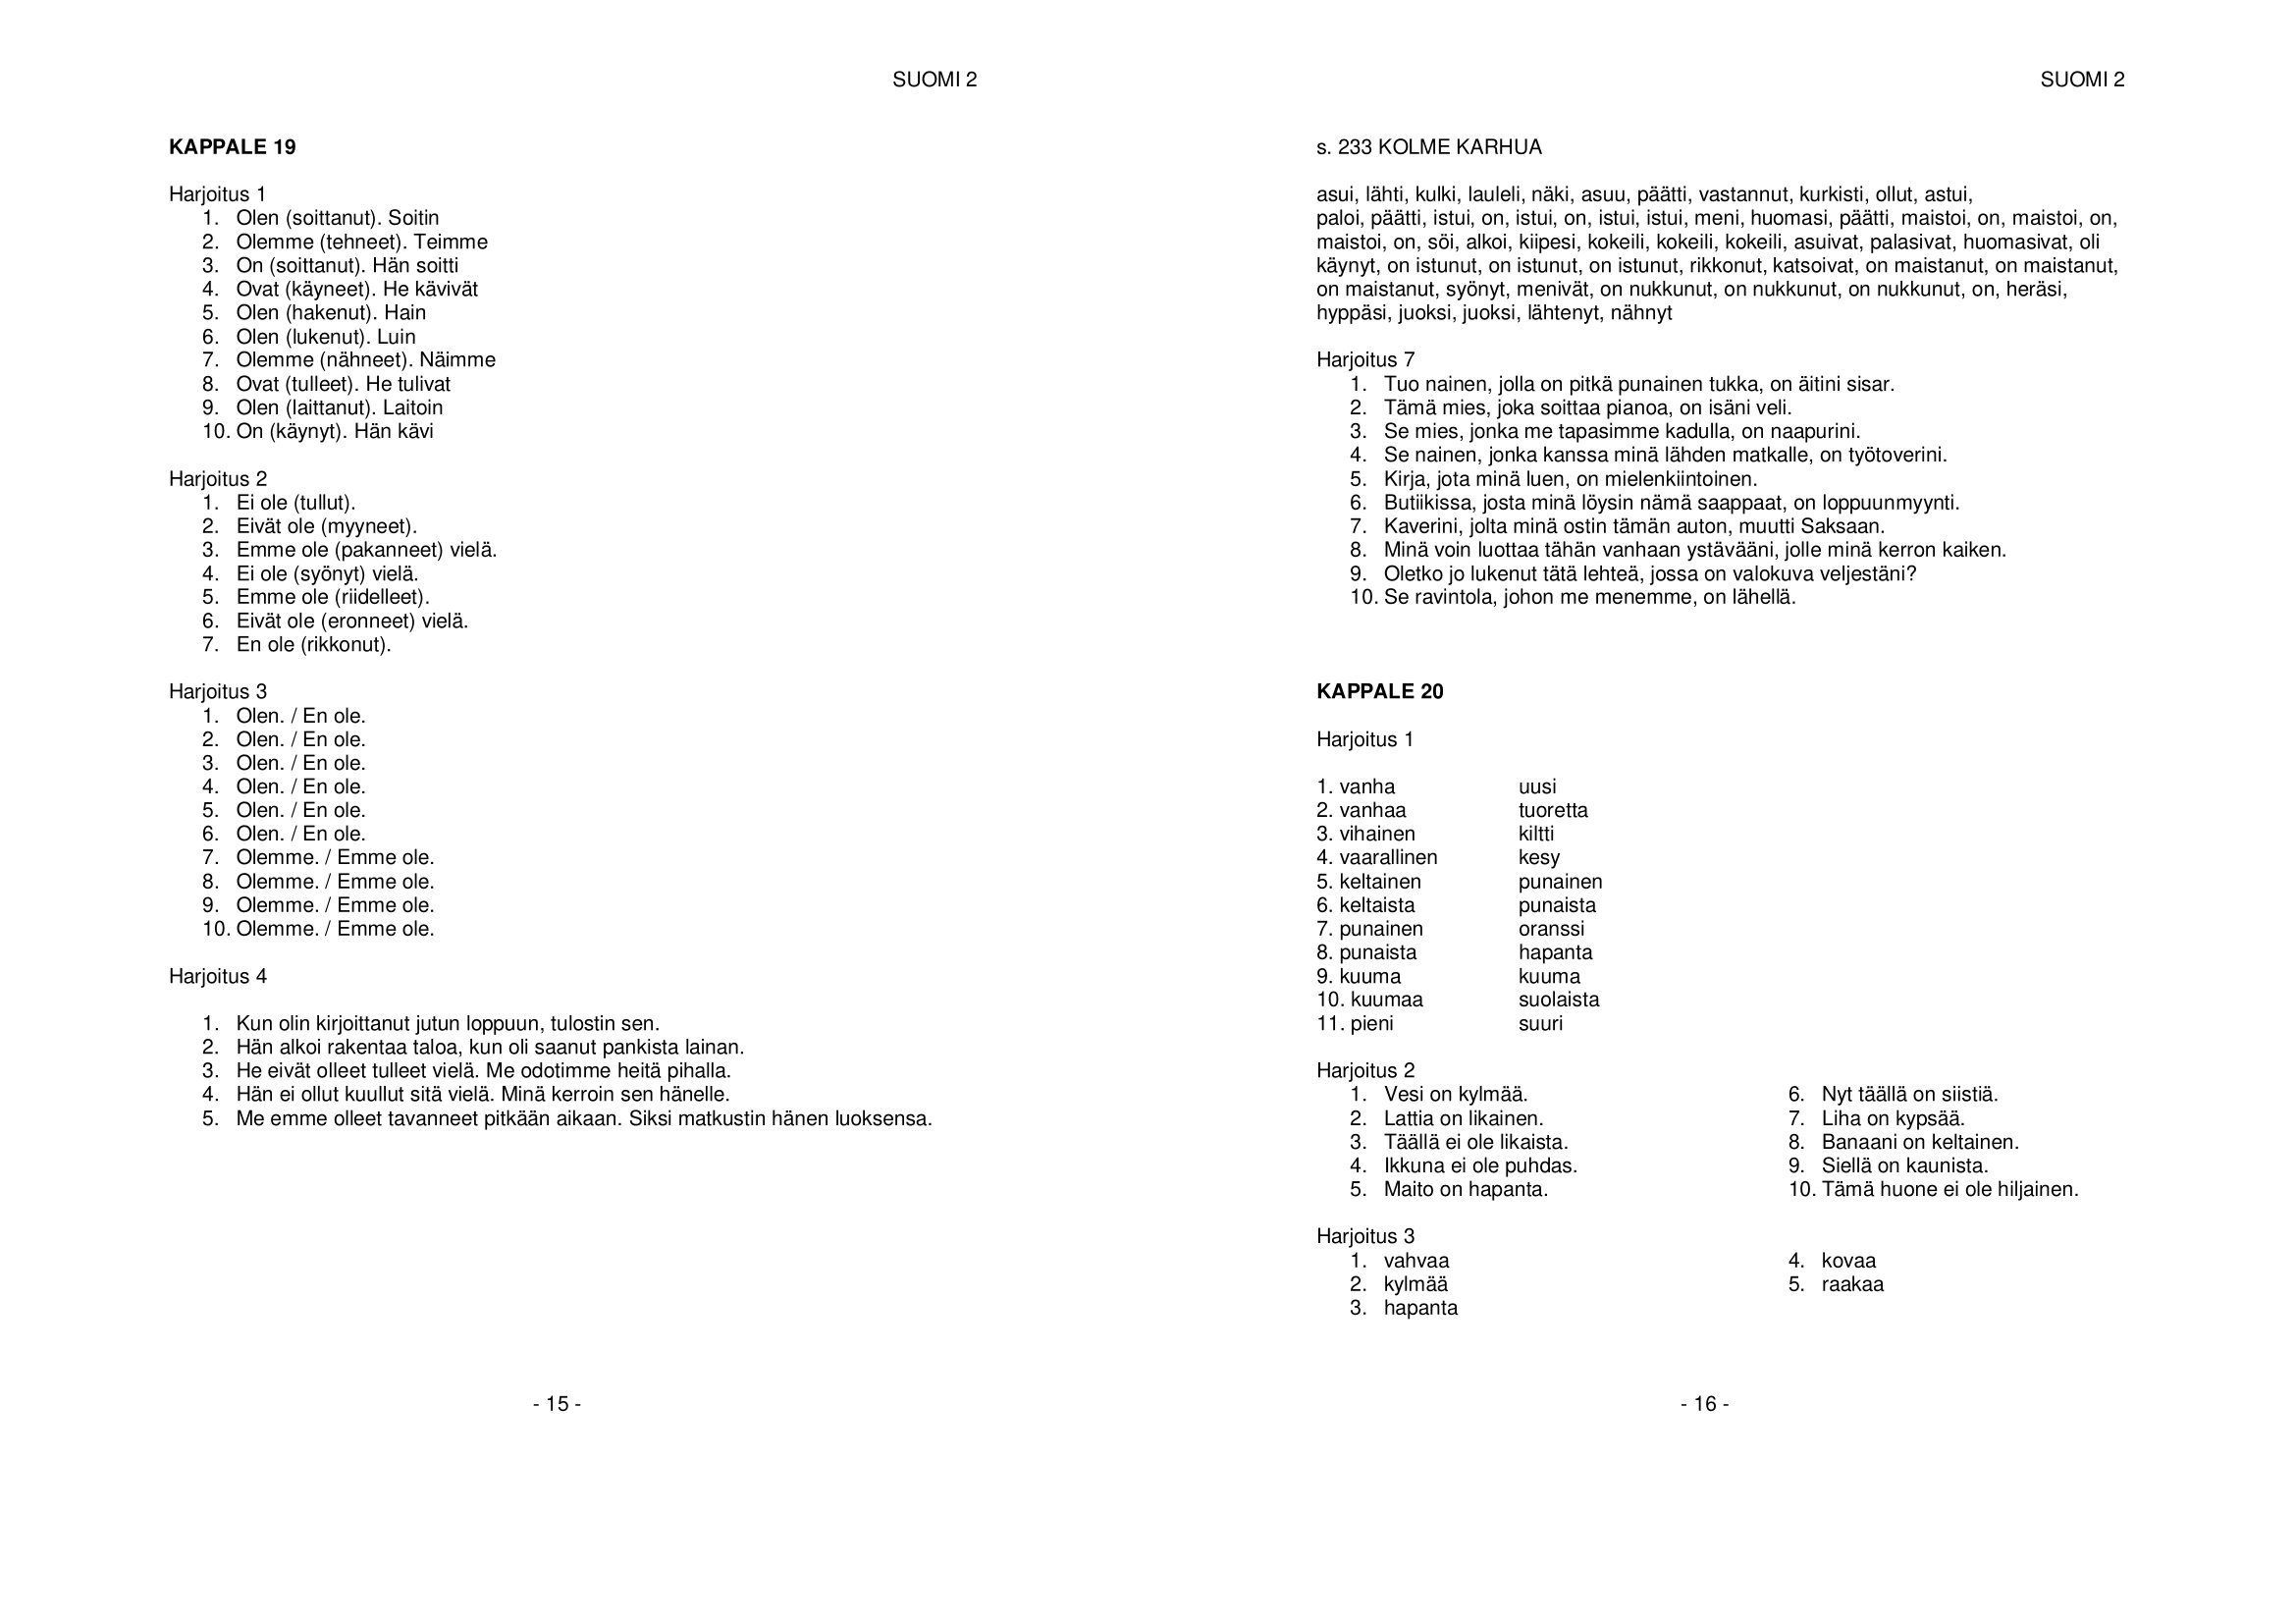
Language: fn